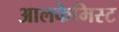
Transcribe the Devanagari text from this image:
आलकेमिस्ट